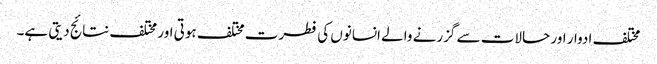
مختلف ادوار اور حالات سے گزرنے والے انسانوں کی فطرت مختلف ہوتی اور مختلف نتائج دیتی ہے۔